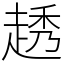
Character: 䞬